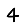
Digit: 4